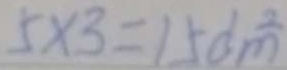
5 \times 3 = 1 5 d m ^ { 2 }